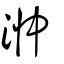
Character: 浺